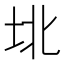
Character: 𰉟